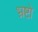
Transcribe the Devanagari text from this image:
भ्रष्टो